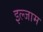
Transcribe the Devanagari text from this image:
इल्‍जाम